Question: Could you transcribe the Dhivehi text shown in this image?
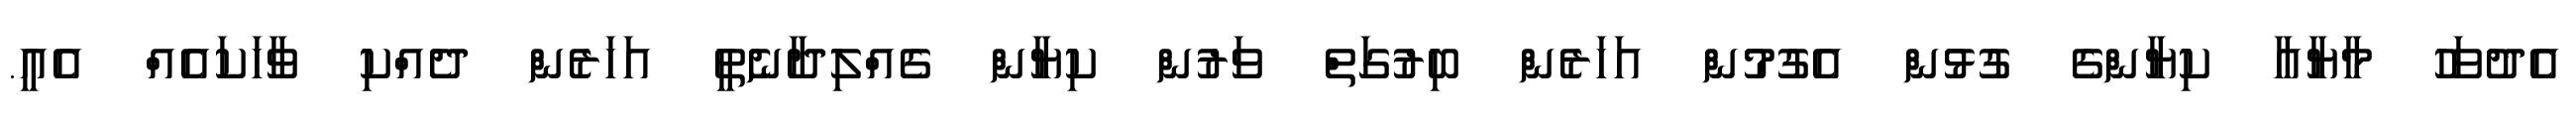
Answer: އެދުވަހު މާޔާއާ ކިޔާންގެ ގުޅުން އެގުމުން އަހަރެން ބިރުގަތް ވަރުން ކިޔާން ގެއްލިދާނެތީ އަހަރެން ދެއްކި ވާހަކައެއް އެއީ.